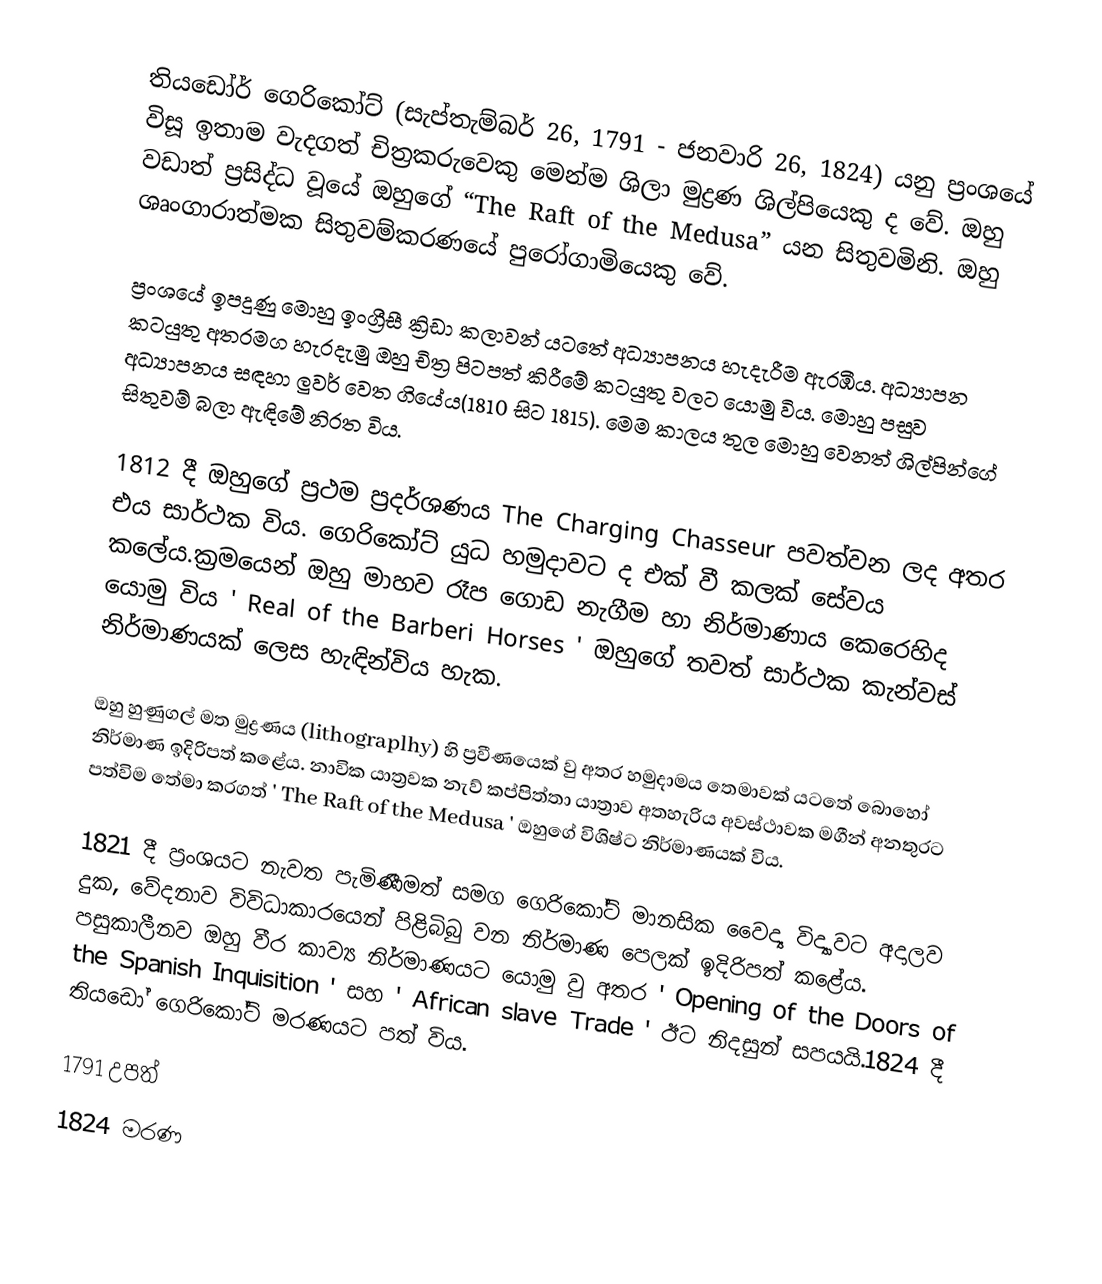
තියඩෝර් ගෙරිකෝට් (සැප්තැම්බර් 26, 1791 - ජනවාරි 26, 1824) යනු ප්‍රංශයේ විසූ ඉතාම වැදගත් චිත්‍රකරුවෙකු මෙන්ම ශිලා මුද්‍රණ ශිල්පියෙකු ද වේ. ඔහු වඩාත් ප්‍රසිද්ධ වූයේ ඔහුගේ “The Raft of the Medusa” යන සිතුවමිනි. ඔහු ශෘංගාරාත්මක සිතුවම්කරණයේ පුරෝගාමියෙකු වේ.

ප්‍රංශයේ ඉපදුණු මොහු ඉංග්‍රීසී ක්‍රිඩා කලාවන් යටතේ අධ්‍යාපනය හැදැරීම ඇරඹීය. අධ්‍යාපන කටයුතු අතරමග හැරදැමු ඔහු චිත්‍ර පිටපත් කිරීමේ කටයුතු වලට යොමු විය. මොහු පසුව අධ්‍යාපනය සඳහා ලුවර් වෙත ගියේය(1810 සිට 1815). මෙම කාලය තුල මොහු වෙනත් ශිල්පින්ගේ සිතුවම් බලා ඇඳිමේ නිරත විය.

1812 දී ඔහුගේ ප්‍රථම ප්‍රදර්ශණය The Charging Chasseur  පවත්වන ලද අතර එය සාර්ථක විය. ගෙරිකෝට් යුධ හමුදාවට ද එක් වී කලක් සේවය කලේය.ක්‍රමයෙන් ඔහු මාහව රෑප ගොඩ නැගීම හා නිර්මාණාය කෙරෙහිද යොමු විය  ' Real of the Barberi Horses '  ඔහුගේ තවත් සාර්ථක කැන්වස් නිර්මාණයක් ලෙස හැඳින්විය හැක.

ඔහු හුණුගල් මත මුද්‍රණය  (lithograplhy)  හි ප්‍රවීණයෙක් වු අතර හමුදාමය තෙමාවක් යටතේ බොහෝ නිර්මාණ ඉදිරිපත් කළේය. නාවික යාත්‍රවක නැව් කප්පිත්තා යාත්‍රාව අතහැරිය අවස්ථාවක මගීන් අනතුරට පත්විම තේමා කරගත්  ' The Raft of the Medusa '  ඔහුගේ විශිෂ්ට නිර්මාණයක් විය.

1821 දී ප්‍රංශයට නැවත පැමිණීමත් සමග ගෙරිකෝට් මානසික වෛද්‍ය විද්‍යාවට අදාලව දුක, වේදනාව විවිධාකාරයෙන් පිළිබිබු වන නිර්මාණ පෙලක් ඉදිරිපත් කළේය. පසුකාලීනව ඔහු වීර කාව්‍ය නිර්මාණයට යොමු වු අතර  ' Opening of the Doors of the Spanish Inquisition '  සහ  ' African slave Trade '  ඊට නිදසුන් සපයයි.1824 දී තියඩෝ ගෙරිකෝට් මරණයට පත් විය.

1791 උපත්
1824 මරණ